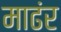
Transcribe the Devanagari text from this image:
माढंर